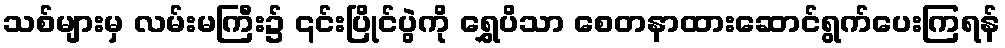
သစ်များမှ လမ်းမကြီး၌ ၎င်းပြိုင်ပွဲကို ရွှေပိသာ စေတနာထားဆောင်ရွက်ပေးကြရန်